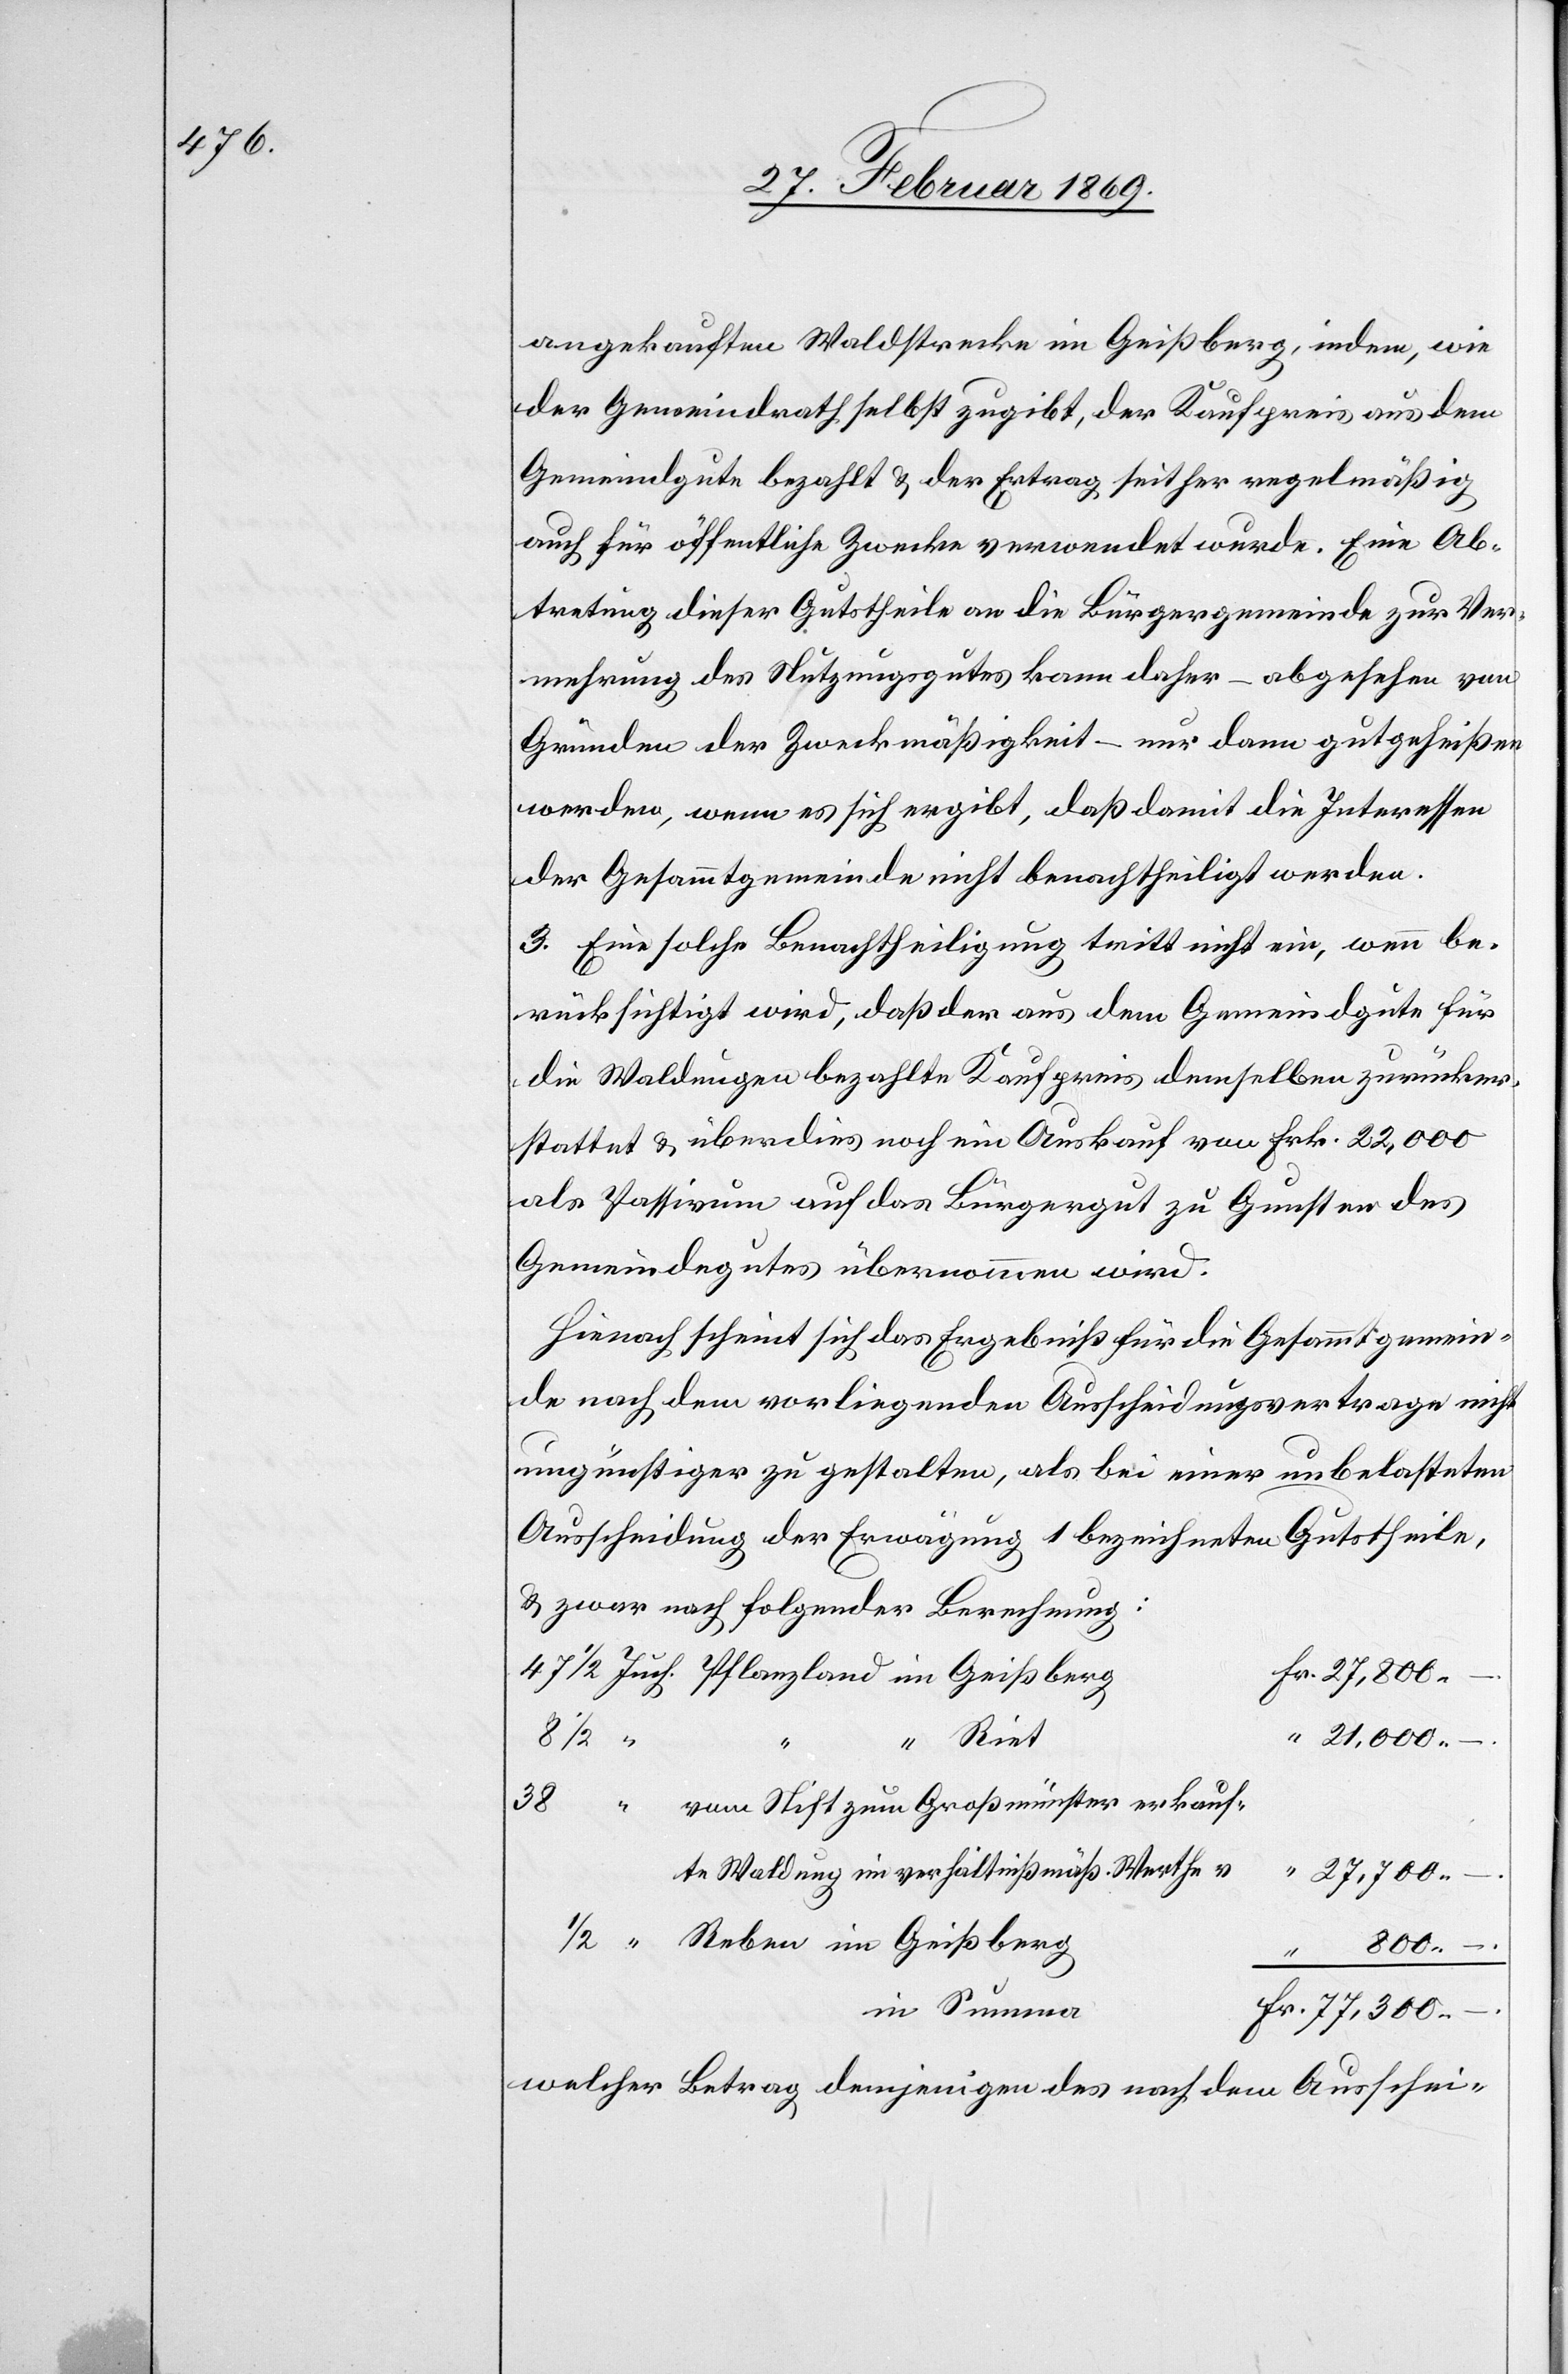
angekauften Waldstrecke im Geißberg, indem, wie
der Gemeindrath selbst zugibt, der Kaufpreis aus dem
Gemeindgute bezahlt & der Ertrag seither regelmäßig
auch für öffentliche Zwecke verwendet wurde. Eine Ab¬
tretung dieser Gutstheile an die Bürgergemeinde zur Ver¬
mehrung des Nutzungsgutes kann daher – abgesehen von
Gründen der Zweckmäßigkeit – nur dann gutgeheißen
werden, wenn es sich ergibt, daß damit die Interessen
der Gesammtgemeinde nicht benachtheiligt werden.
3. Eine solche Benachtheiligung tritt nicht ein, wenn be¬
rücksichtigt wird, daß der aus dem Gemeindsgute für
die Waldungen bezahlte Kaufpreis demselben zurücker¬
stattet & überdies noch ein Auskauf von Frk. 22,000
als Passivum auf das Bürgergut zu Gunsten des
Gemeindgutes übernommen wird.
Hienach scheint sich das Ergebniß für die Gesammtgemein¬
de nach dem vorliegenden Ausscheidungsvertrage nicht
ungünstiger zu gestalten, als bei einer unbelasteten
Ausscheidung der Erwägung 1 bezeichneten Gutstheile,
& zwar nach folgender Berechnung:
Fr.
im
“ Riet
300
–
in Summe
welcher Betrag demjenigen des nach dem Ausschei-